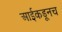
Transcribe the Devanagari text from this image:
आईकडूनच